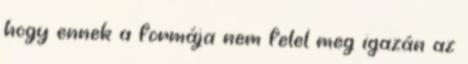
hogy ennek a formája nem felel meg igazán az